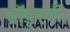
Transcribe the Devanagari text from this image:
ब्रॉड्स्की